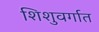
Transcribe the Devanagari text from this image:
शिशुवर्गात